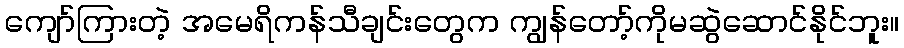
ကျော်ကြားတဲ့ အမေရိကန်သီချင်းတွေက ကျွန်တော့်ကိုမဆွဲဆောင်နိုင်ဘူး။